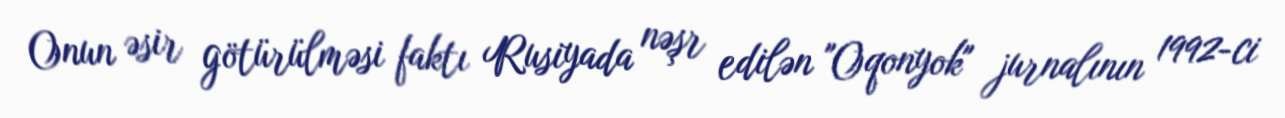
Onun əsir götürülməsi faktı Rusiyada nəşr edilən "Oqonyok" jurnalının 1992-ci